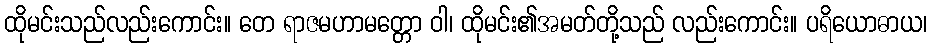
ထိုမင်းသည်လည်းကောင်း။ တေ ရာဇမဟာမတ္တော ဝါ၊ ထိုမင်း၏အမတ်တို့သည် လည်းကောင်း။ ပရိယောဓာယ၊